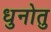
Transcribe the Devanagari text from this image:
धुनोतु